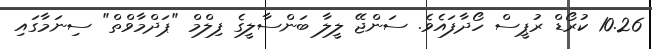
10.26 ކުރޯޑް ރުޕީސް ހޯދާފައެވެ. ސަންޖޭ ލީލާ ބަންސާލީގެ ފިލްމް "ޕަދްމާވްތް" ސިނަމާގައި